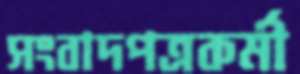
সংবাদপত্রকর্মী